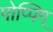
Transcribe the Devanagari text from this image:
पोप्पिग्